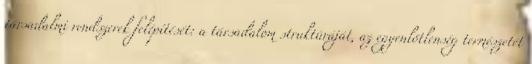
társadalmi rendszerek felépítését: a társadalom struktúráját, az egyenlőtlenség természetét